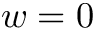
w = 0